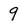
Character: 9